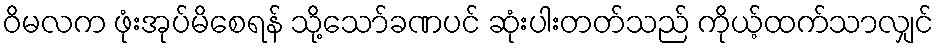
ဝိမလက ဖုံးအုပ်မိစေရန် သို့သော်ခဏပင် ဆုံးပါးတတ်သည် ကိုယ့်ထက်သာလျှင်